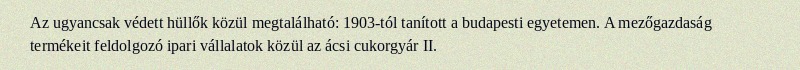
Az ugyancsak védett hüllők közül megtalálható: 1903-tól tanított a budapesti egyetemen. A mezőgazdaság termékeit feldolgozó ipari vállalatok közül az ácsi cukorgyár II.